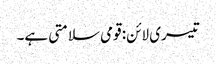
تیسری لائن: قومی سلامتی ہے۔